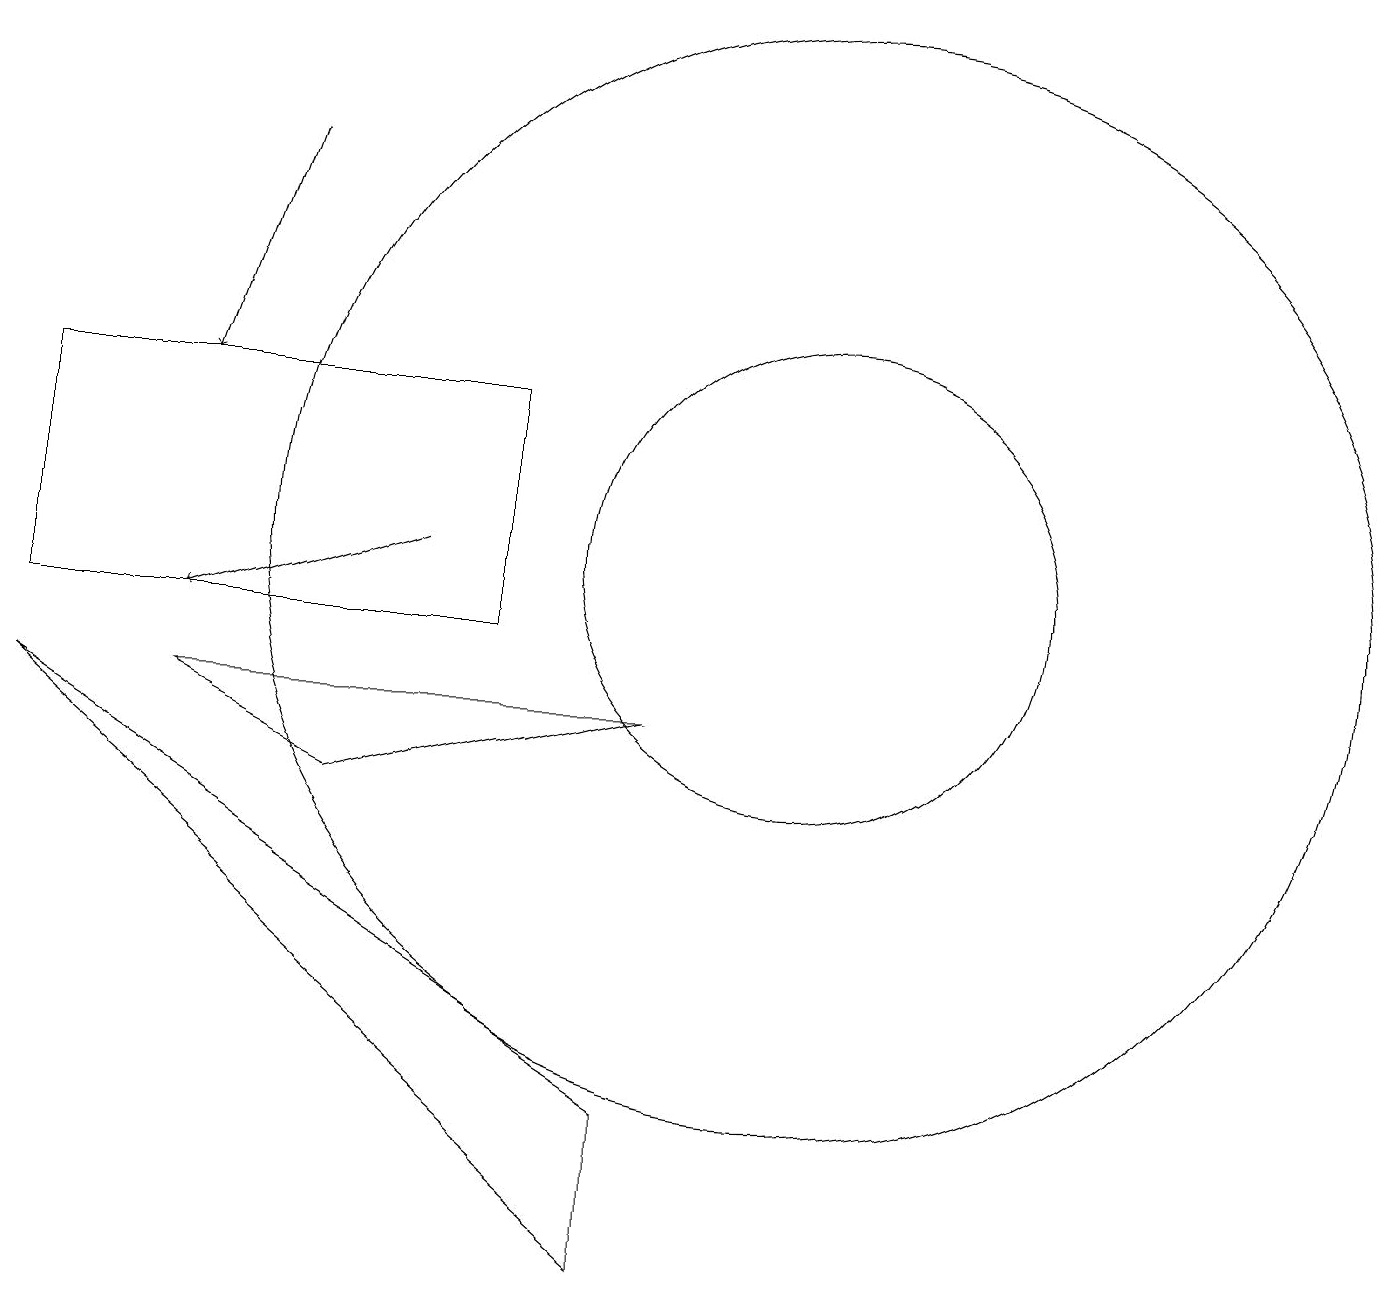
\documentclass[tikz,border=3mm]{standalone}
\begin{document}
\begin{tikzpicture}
\draw[->] (3,16) -- (2,13);
\draw (10,11) circle (7);
\draw[->] (5,11) -- (2,10);
\draw (0,10) rectangle (6,13);
\draw (10,11) circle (3);
\draw (8,9) -- (4,8) -- (2,9) -- cycle;
\draw (8,4) -- (0,9) -- (8,2) -- cycle;
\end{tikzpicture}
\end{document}